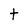
Character: t